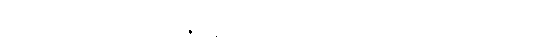
ဝိညာဏံ၊ ဝိညာဉ်သည်။ ဝိဇာနနလက္ခဏံ၊ အာရုံကိုသိခြင်းလက္ခဏာရှိ၏။ ဣတိ၊